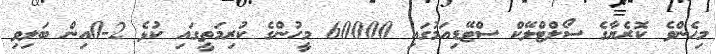
މިހެންވެ ކޮރެޔާގެ ސޯލްޓްލޭކް ސްޓޭޑިއަމުގައި 60000 މީހުންގެ ކުރިމަތީގައި ކުޅެ 2-0އިން ބަލިވި